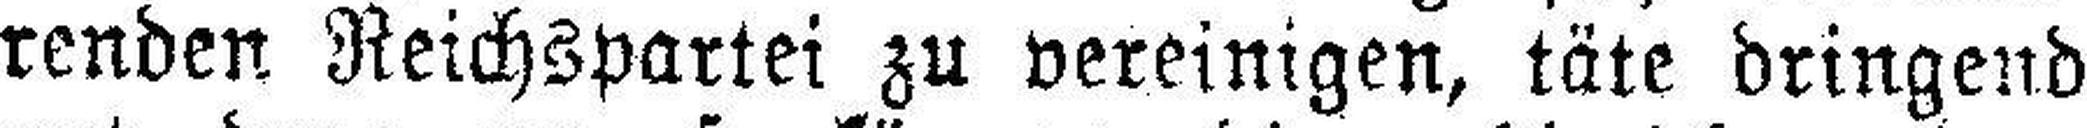
renden Reichspartei zu vereinigen, täte dringend